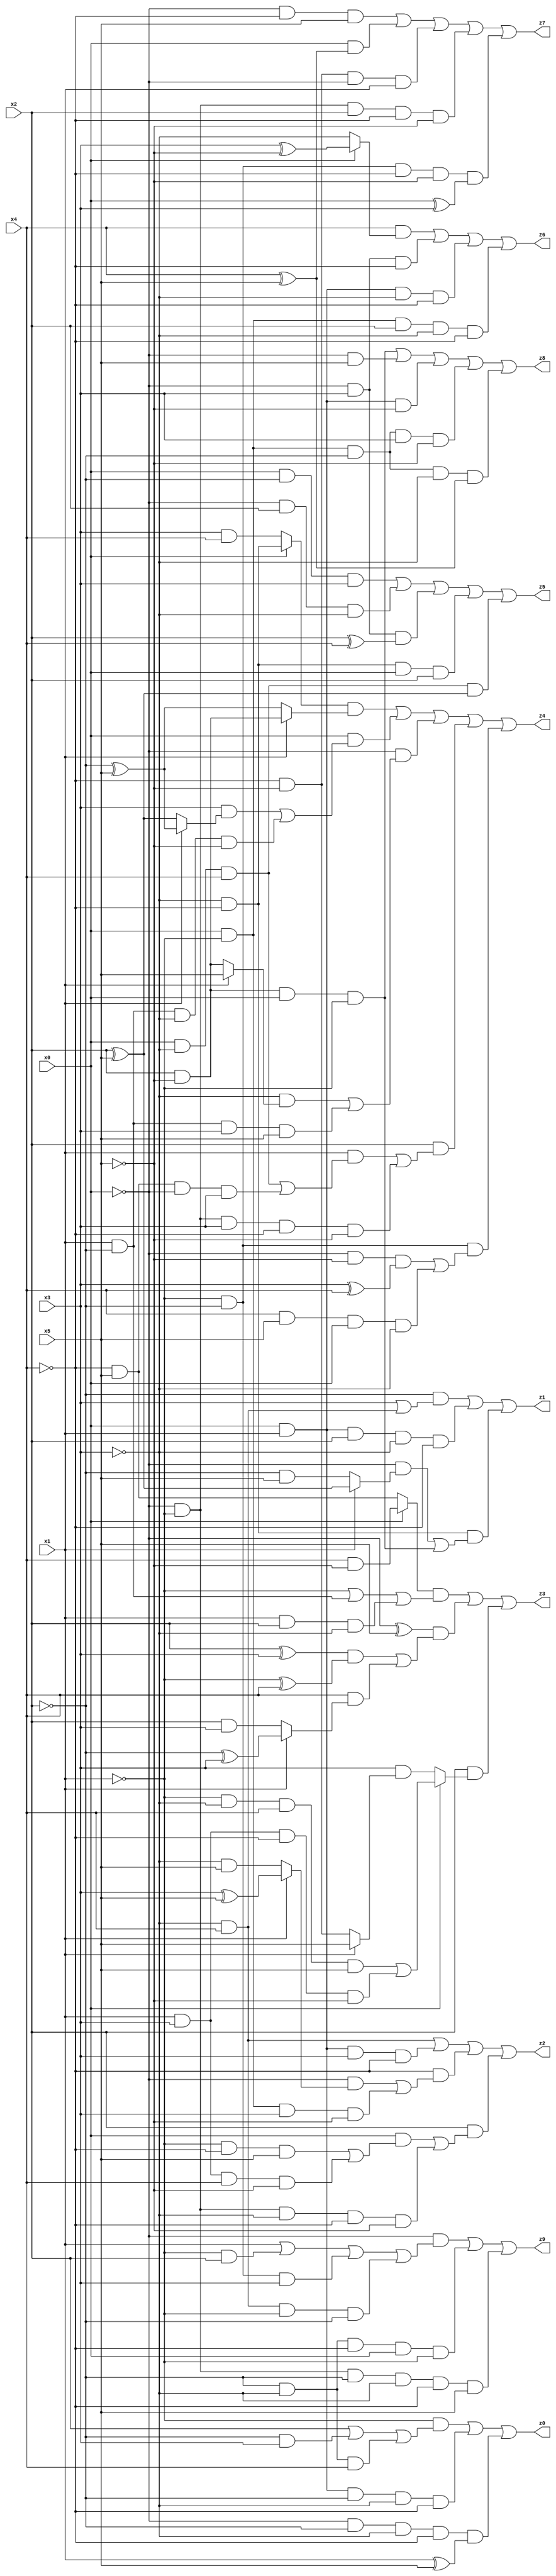
// Benchmark "X_54" written by ABC on Mon Jun 05 19:54:11 2023

module X_54 ( 
    x0, x1, x2, x3, x4, x5,
    z0, z1, z2, z3, z4, z5, z6, z7, z8, z9  );
  input  x0, x1, x2, x3, x4, x5;
  output z0, z1, z2, z3, z4, z5, z6, z7, z8, z9;
  assign z0 = (~x1 & (x2 | (~x2 & x3) | (~x2 & ~x3 & x4))) | (x0 & x1 & ~x2 & ~x3 & ~x4) | (~x0 & ~x2 & ~x3 & ~x4 & (x1 ^ x5));
  assign z1 = (~x2 & (x3 | (~x3 & x4))) | (x0 & x1 & x2 & ~x3 & ~x4) | (~x3 & ~x4 & ((~x0 & (x1 ? (x2 ^ x5) : (~x2 & x5))) | (x2 & ~x5 & x0 & ~x1)));
  assign z2 = (~x3 & x4) | (x0 & x1 & x3 & ~x4) | (~x4 & ((~x0 & (x1 ? (x3 ^ x5) : (~x3 & x5))) | (x0 & ~x1 & x3 & ~x5))) | (x2 & ((x0 & ((~x1 & ~x4 & x5) | (x1 & x3 & x4 & ~x5))) | (~x0 & ~x1 & ~x3 & ~x4 & ~x5)));
  assign z3 = ((x0 ? (x4 & ~x5) : (~x4 & x5)) & (~x1 | (x1 & ~x2) | (x1 & x2 & ~x3))) | ((~x0 ^ x5) & (((x2 ^ x3) & (~x1 ^ x4)) | (x4 & (x1 ? (~x2 ^ x3) : (x2 & x3))))) | (x2 & (x0 ? ((~x1 & ~x3 & x4 & x5) | (x1 & x3 & ~x4 & ~x5)) : (x3 & (x1 ? x5 : (~x4 & ~x5)))));
  assign z4 = ((x0 ? (~x3 & ~x4) : (x3 & x4)) & (x1 ? (x2 & ~x5) : (~x2 ^ x5))) | (x0 & ((x3 & (x1 ? (~x2 ^ x5) : (x2 ^ x5))) | (x1 & ~x2 & ~x3 & ~x5))) | (~x0 & ((~x3 & (x1 ? x5 : (x2 & ~x5))) | (x1 & ~x2 & x3 & x5))) | (x2 & ((x1 & ((x0 & ~x3 & x4) | (~x4 & x5 & ~x0 & x3))) | (~x0 & ~x1 & x3 & ~x4 & ~x5))) | (~x1 & ~x2 & ((~x0 & ~x5 & (x3 ^ x4)) | (x4 & x5 & x0 & ~x3)));
  assign z5 = (x0 & ~x2 & x3) | (~x0 & x2 & ~x3) | (~x0 & x3 & (x2 ^ x4)) | (~x3 & ~x4 & x0 & x2) | (x0 & ~x3 & x4 & (x2 ^ x5));
  assign z6 = (x4 & (x0 ? (x3 ^ ~x5) : ~x3)) | (~x0 & x3 & ~x4) | (x0 & x1 & ~x3 & ~x4) | (x0 & ~x1 & x2 & ~x3 & ~x4);
  assign z7 = (~x0 & ~x4 & x5) | (x0 & (x4 ^ x5)) | (~x4 & ~x5 & ~x0 & x1) | (~x0 & ~x1 & x2 & ~x4 & ~x5) | (~x1 & ~x2 & ~x4 & ~x5 & (x0 ^ x3));
  assign z8 = (x2 & ~x5 & x0 & ~x1) | (~x0 & x5) | (x0 & x1 & ~x5) | (x0 & ~x1 & ~x2 & x3 & ~x5) | (x0 & ~x1 & ~x2 & ~x3 & (x4 ^ x5));
  assign z9 = (~x0 & (x1 | (~x1 & x2) | (~x1 & ~x2 & x3) | (~x3 & x4 & ~x1 & ~x2))) | (~x2 & ~x3 & ~x4 & x0 & ~x1) | (~x0 & ~x1 & ~x2 & ~x3 & ~x4 & x5);
endmodule